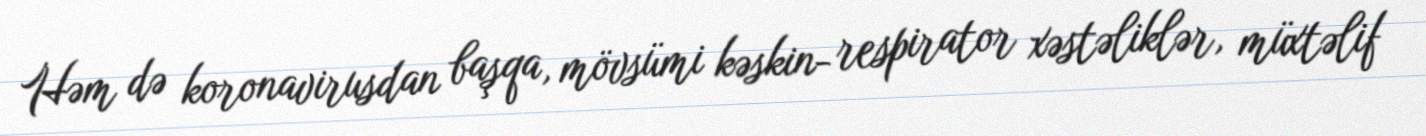
Həm də koronavirusdan başqa, mövsümi kəskin- respirator xəstəliklər, müxtəlif